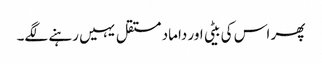
پھر اس کی بیٹی اور داماد مستقل یہیں رہنے لگے۔